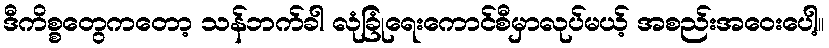
ဒီကိစ္စတွေကတော့ သန်ဘက်ခါ လုံခြုံရေးကောင်စီမှာလုပ်မယ့် အစည်းအဝေးပေါ့။